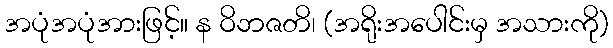
အပုံအပုံအားဖြင့်။ န ဝိဘဇတိ၊ (အရိုးအပေါင်းမှ အသားကို)